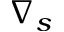
\nabla _ { s }